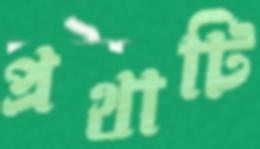
প্রথাটি